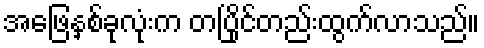
အဖြေနှစ်ခုလုံးက တပြိုင်တည်းထွက်လာသည်။